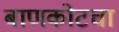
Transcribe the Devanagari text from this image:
बाणकोटचा